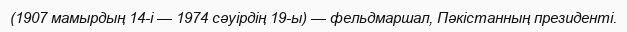
(1907 мамырдың 14-і — 1974 сәуірдің 19-ы) — фельдмаршал, Пәкістанның президенті.